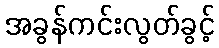
အခွန်ကင်းလွတ်ခွင့်